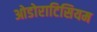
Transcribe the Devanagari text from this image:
ओडोराटिसियम